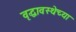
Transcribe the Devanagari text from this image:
वृद्धावस्थेच्या